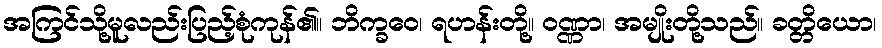
အကြင်သို့မူလည်းပြည့်စုံကုန်၏။ ဘိက္ခဝေ၊ ရဟန်းတို့။ ဝဏ္ဏာ၊ အမျိုးတို့သည်။ ခတ္တိယော၊